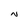
Character: N